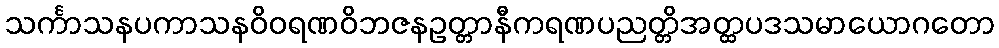
သင်္ကာသနပကာသနဝိဝရဏဝိဘဇနဥတ္တာနီကရဏပညတ္တိအတ္ထပဒသမာယောဂတော